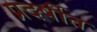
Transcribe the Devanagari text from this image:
प्रदर्षीत